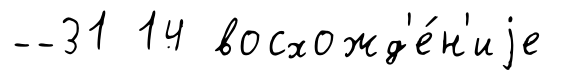
--31 14 восхожд'е́н'иjе